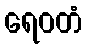
ရေဝတံ